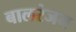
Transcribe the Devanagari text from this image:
बालरंजन